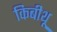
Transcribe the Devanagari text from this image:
किबीथू